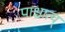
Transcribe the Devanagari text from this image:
पाश्चात्य्